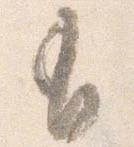
有